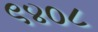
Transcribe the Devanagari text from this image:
९४०८